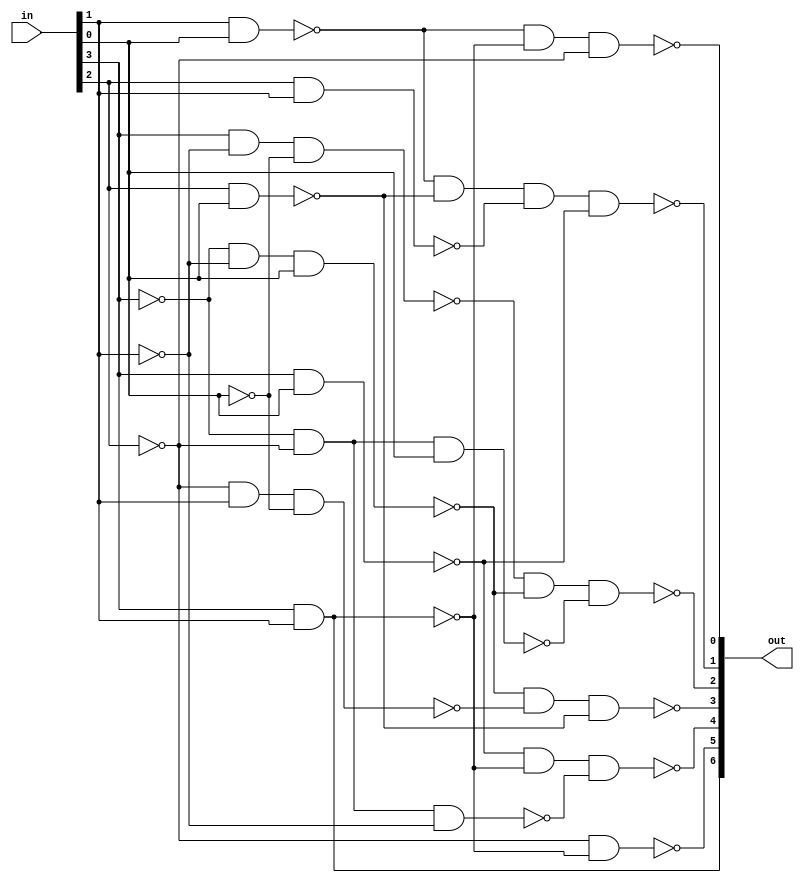
////////////////////////////////////////////////////////////////////////////////////////////////////
// Version:  2.0
// Description: This 4-input, 7 output circuit drives a seven segment display, and is intended in this 
// project to drive HEX0 on the DE10-Lite, an active-low seven-segment display.
//
// Within this comment, below this line, list all valid codes for your character set
//
// 0000,0001,0010,0011,0100,0101,0110,0111,1000,1001,1010

////////////////////////////////////////////////////////////////////////////////////////////////////


module ssd(in, out);

   input [3:0] in;           
   output [6:0] out;          

   //wires 
   wire w0,w1,w2,w3,w5,w4,w6,w7,w8,w9,w10,w11,w12,w13,w14;
  
  
   //not gates 
   not n1(w0,in[0]); //from D'
   not n2(w1,in[1]); //from C'
   not n3(w2,in[2]); //from B'
   not n4(w3,in[3]); //from A'
  
   //Output 0
   nand nd1(w5, in[1],in[0]); //w5 from (CD)'
   nand nd2(w6, in[3],in[1]);  //W6 from (AC)'
   nand nd3(out[0],w5,w6,w2);
  
   //Output 1
   nand nd4(w7,in[2],in[0]); //w7 from (BD)'
   nand nd5(w8,in[2],in[1]); //w8 from (BC)'
   nand nd6(w9,in[3],in[0]); //w9 from (AD)' 
   nand nd7(out[1],w5,w7,w8,w9);
  
   //Output 2
   nand nd8(w10, w3,w2,in[0]); //w10 from (A'B'D)'
   nand nd9(w11, w3,w1,in[0]); //w11 from (A'C'D)'
   nand nd10(w4,in[3], w1,w0); //w4from (AC'D')'
	nand nd11(out[2],w4,w11,w10);
  
   //Output 3
   nand nd12(w12,w3,w1,in[0]); //w12 from (A'C'D)'
   nand nd13(w13,w2,in[1],w0); //w13 from (B'CD')'
   nand nd14(out[3], w12,w13,w7);
  
  
   //Output 4
   nand nd15(w14,w3,w2,w1); //w14 from (A'B'C')'
   nand nd16(out[4],w9,w6,w14);
  
   //Output 5
   nand nd17(out[5],w2,w6);
  
  
   //Output 6
   nand nd18(out[6],w6);
  
endmodule